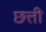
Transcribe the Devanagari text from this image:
छत्ती